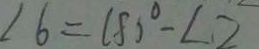
\angle 6 = 1 8 0 ^ { \circ } - \angle 2